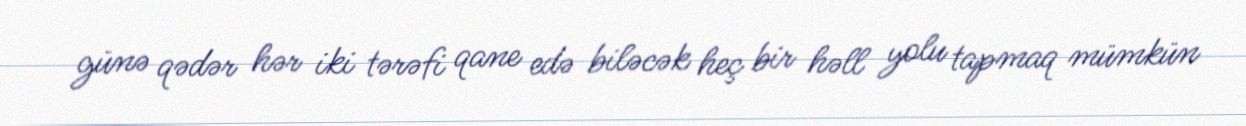
günə qədər hər iki tərəfi qane edə biləcək heç bir həll yolu tapmaq mümkün